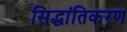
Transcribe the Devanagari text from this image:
सिद्धांतिकरण